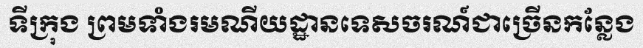
ទីក្រុង ព្រមទាំងរមណីយដ្ឋានទេសចរណ៍ជាច្រើនកន្លែង